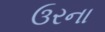
ઉરના